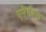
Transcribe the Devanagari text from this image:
एमेर्हस्त